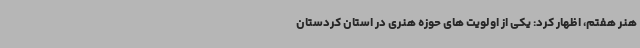
هنر هفتم، اظهار کرد: یکی از اولویت های حوزه هنری در استان کردستان